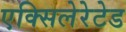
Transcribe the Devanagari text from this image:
एक्सिलेरेटेड